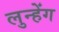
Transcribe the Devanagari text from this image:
लुन्हेंग